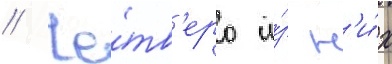
// Че́тв'еро и́з н'и́х